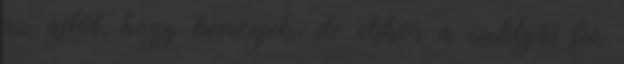
az ajtót, hogy bemenjek, de ekkor a csuklyás fiú